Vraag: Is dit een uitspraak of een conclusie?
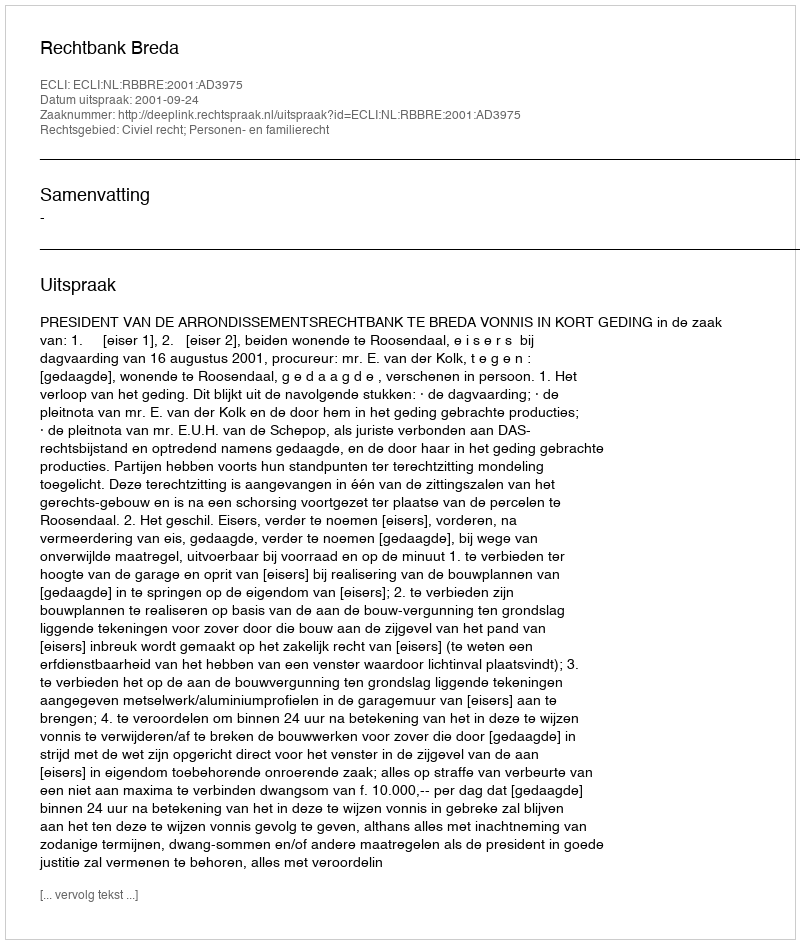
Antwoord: Uitspraak